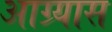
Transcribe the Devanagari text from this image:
आग्र्यास